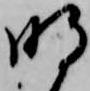
明